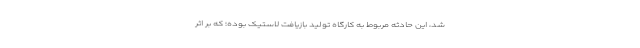
شد، این حادثه مربوط به کارگاه تولید بازیافت لاستیک بوده؛ که بر اثر